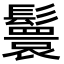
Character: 鬟